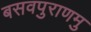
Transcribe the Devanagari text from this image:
बसवपुराणमु